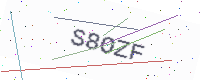
Text: S8OZF